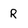
Character: R